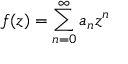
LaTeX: f ( z ) = \sum _ { n = 0 } ^ { \infty } a _ { n } z ^ { n }